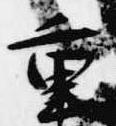
重